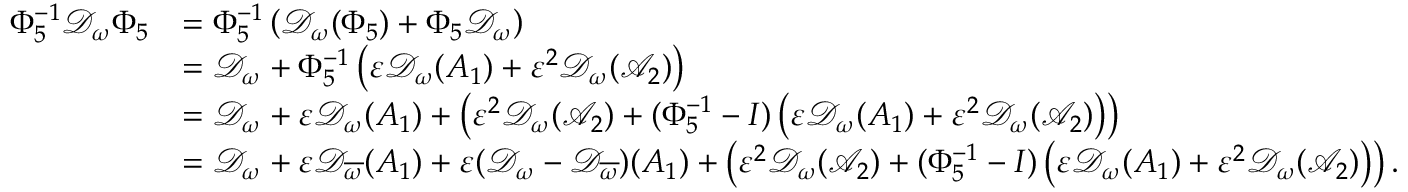
\begin{array} { r l } { \Phi _ { 5 } ^ { - 1 } \mathcal { D } _ { \omega } \Phi _ { 5 } } & { = \Phi _ { 5 } ^ { - 1 } \left( \mathcal { D } _ { \omega } ( \Phi _ { 5 } ) + \Phi _ { 5 } \mathcal { D } _ { \omega } \right) } \\ & { = \mathcal { D } _ { \omega } + \Phi _ { 5 } ^ { - 1 } \left( \varepsilon \mathcal { D } _ { \omega } ( A _ { 1 } ) + \varepsilon ^ { 2 } \mathcal { D } _ { \omega } ( \mathcal { A } _ { 2 } ) \right) } \\ & { = \mathcal { D } _ { \omega } + \varepsilon \mathcal { D } _ { \omega } ( A _ { 1 } ) + \left( \varepsilon ^ { 2 } \mathcal { D } _ { \omega } ( \mathcal { A } _ { 2 } ) + ( \Phi _ { 5 } ^ { - 1 } - I ) \left( \varepsilon \mathcal { D } _ { \omega } ( A _ { 1 } ) + \varepsilon ^ { 2 } \mathcal { D } _ { \omega } ( \mathcal { A } _ { 2 } ) \right) \right) } \\ & { = \mathcal { D } _ { \omega } + \varepsilon \mathcal { D } _ { \overline { { \omega } } } ( A _ { 1 } ) + \varepsilon ( \mathcal { D } _ { \omega } - \mathcal { D } _ { \overline { { \omega } } } ) ( A _ { 1 } ) + \left( \varepsilon ^ { 2 } \mathcal { D } _ { \omega } ( \mathcal { A } _ { 2 } ) + ( \Phi _ { 5 } ^ { - 1 } - I ) \left( \varepsilon \mathcal { D } _ { \omega } ( A _ { 1 } ) + \varepsilon ^ { 2 } \mathcal { D } _ { \omega } ( \mathcal { A } _ { 2 } ) \right) \right) . } \end{array}